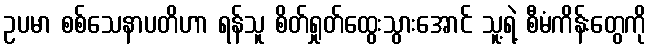
ဥပမာ စစ်သေနာပတိဟာ ရန်သူ စိတ်ရှုတ်ထွေးသွားအောင် သူ့ရဲ့ စီမံကိန်းတွေကို